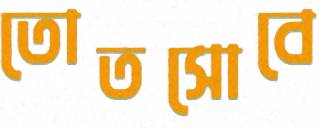
তোতসোবে